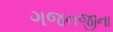
ગજનજીના